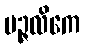
ပဉ္ဇလိကေ